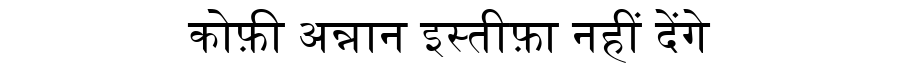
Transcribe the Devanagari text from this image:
कोफ़ी अन्नान इस्तीफ़ा नहीं देंगे